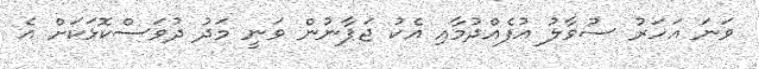
ވަނަ އަހަރު ސުވާލު އުފެއްދުމާއި އެކު ޖަޕާނުން ވަނީ މަދު ދުވަސްކޮޅަކަށް އެ